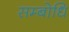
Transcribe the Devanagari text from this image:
सम्‍बोधि